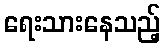
ရေးသားနေသည့်